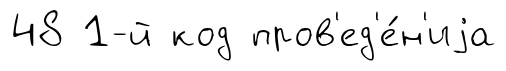
48 1-й код пров'ед'е́н'иjа